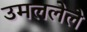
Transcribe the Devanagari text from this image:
उमललेले